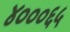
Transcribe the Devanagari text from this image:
४०००६५